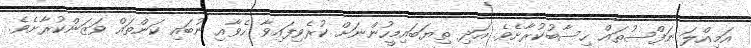
އަމިއްލަ ނަފްސުތައް ހިސާބުކުރާށެވެ. އަދި ތިޔަބައިމީހުންނަށް ކުރެވިފައިވާ ހެވާއި ނުބައި ކަންތައް ވަޒަންކުރާށެވެ.